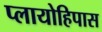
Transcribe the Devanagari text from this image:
प्लायोहिपास